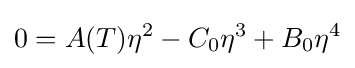
0=A(T)\eta ^{2}-C_{0}\eta ^{3}+B_{0}\eta ^{4}